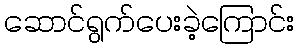
ဆောင်ရွက်ပေးခဲ့ကြောင်း